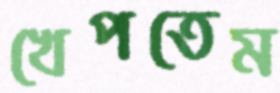
খেপতেম